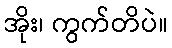
အိုး၊ ကွက်တိပဲ။